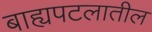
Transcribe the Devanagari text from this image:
बाह्यपटलातील